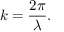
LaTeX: k = { \frac { 2 \pi } { \lambda } } .